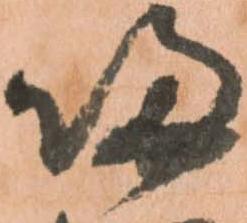
帰